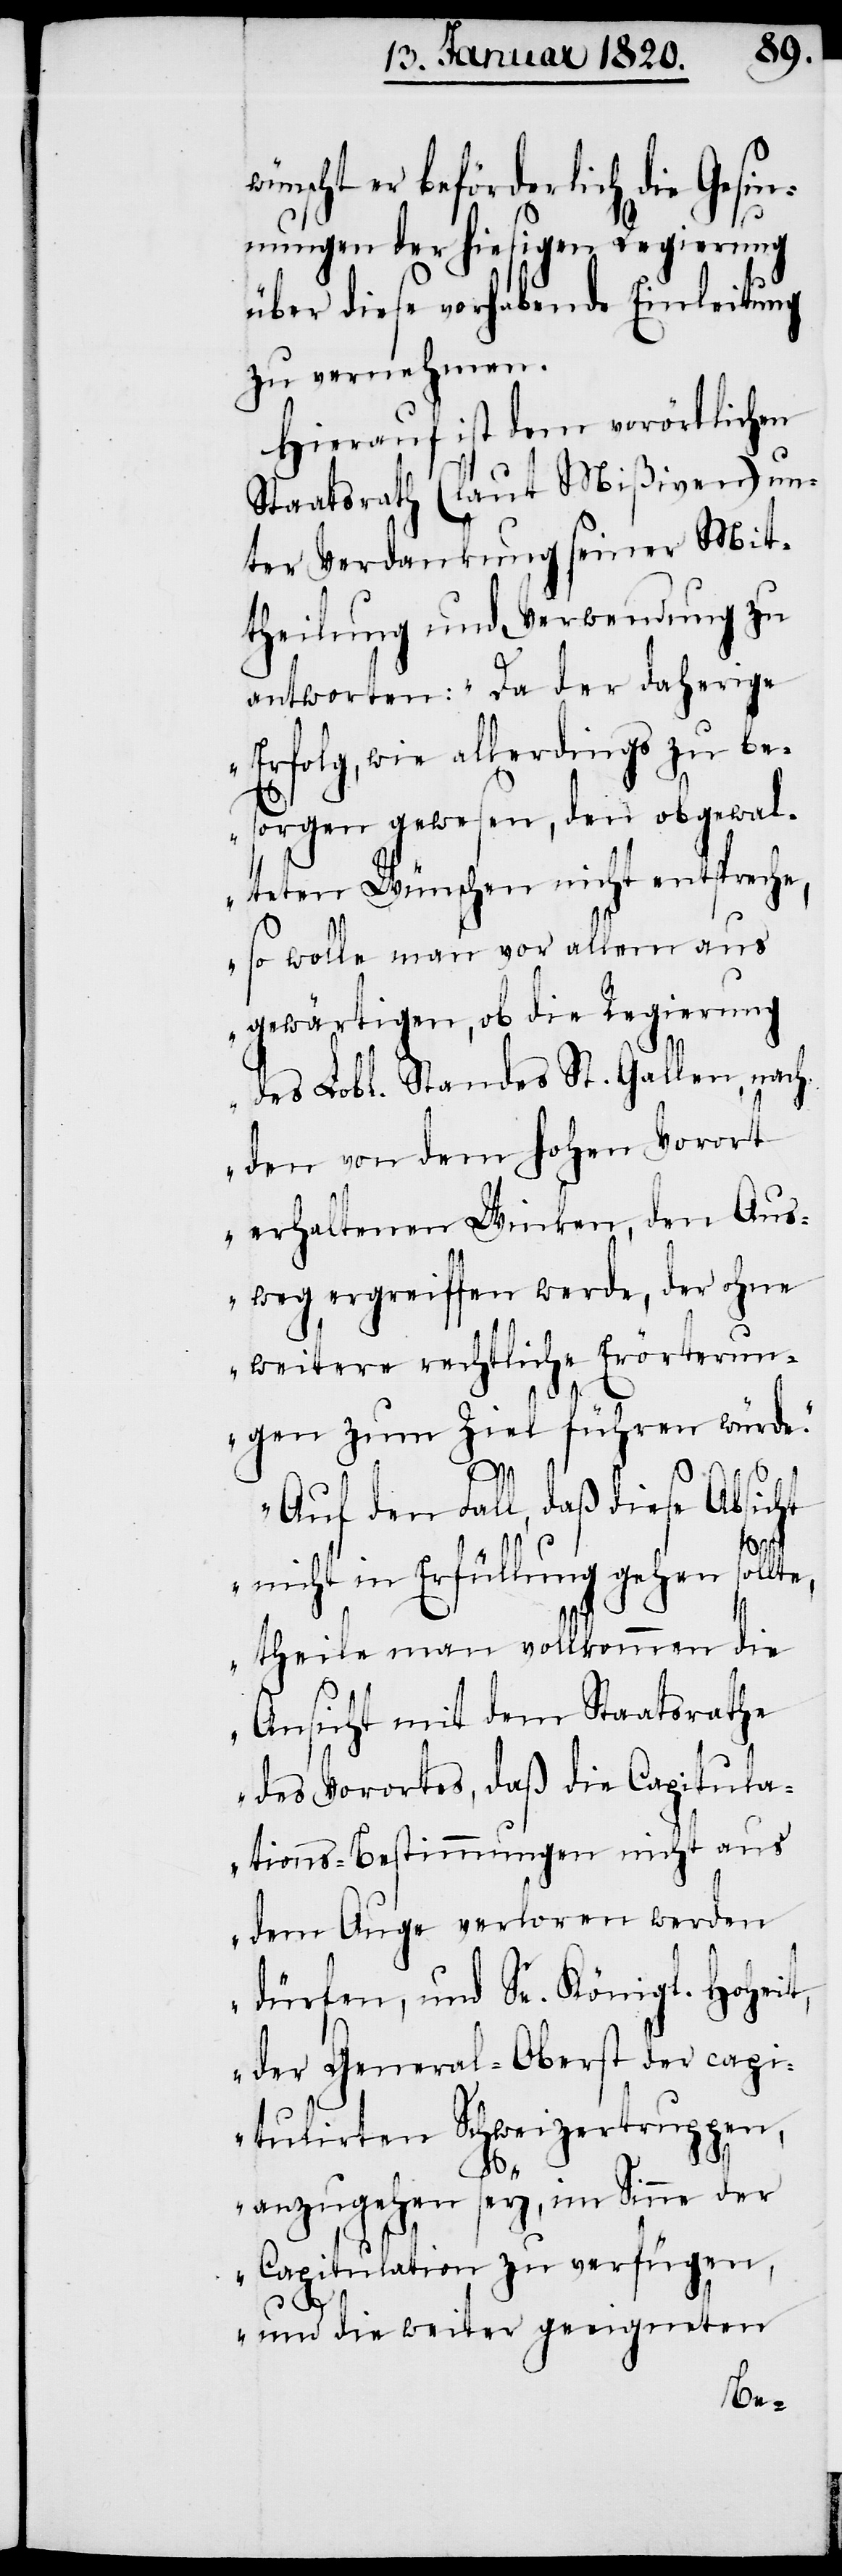
wünscht er beförderlich die Gesin¬
nungen der hiesigen Regierung
über diese vorhabende Einleitung
zu vernehmen.
Hierauf ist dem vorörtlichen
Staatsrath (laut Mißiven) un¬
ter Verdankung seiner Mit¬
theilung und Verwendung zu
antworten: „Da der daherige
Erfolg, wie allerdings zu be¬
sorgen gewesen, den obgewal¬
teten Wünschen nicht entspreche,
so wolle man vor allem aus
gewärtigen, ob die Regierung
des Lobl. Standes St. Gallen, nach
den von dem hohen Vorort
erhaltenen Winken, den Aus¬
weg ergreiffen werde, der ohne
weitere rechtliche Erörterun¬
gen zum Ziel führen würde.“
„Auf den Fall, daß diese Absicht
nicht in Erfüllung gehen sollte,
theile man vollkommen die
Ansicht mit dem Staatsrathe
des Vorortes, daß die Capitula¬
tions-Bestimmungen nicht aus
dem Auge verloren werden
dürfen, und Se. Königl. Hoheit,
der General-Oberst der capi¬
tulirten Schweizertruppen,
anzugehen sey, im Sinne der
Capitulation zu verfügen,
und die weiter geeigneten